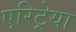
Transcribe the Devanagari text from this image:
एरिट्रेया